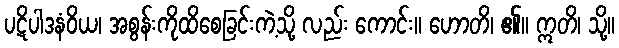
ပဋိပါဒနံဝိယ၊ အစွန်းကိုထိစေခြင်းကဲ့သို့ လည်း ကောင်း။ ဟောတိ၊ ၏။ ဣတိ၊ သို့။